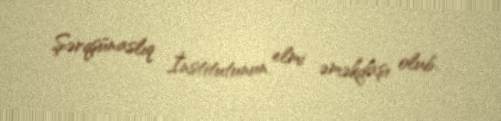
Şərqşünaslıq İnstitutunun elmi əməkdaşı olub.